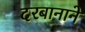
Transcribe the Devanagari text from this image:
दरबानाने